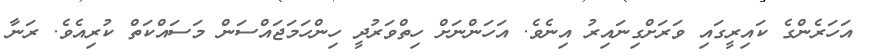
އަހަރެންގެ ކައިރީގައި ވަރަށްގިނައިރު އިނެވެ. އަހަންނަށް ހިތްވަރުދީ ހިންހަމަޖައްސަން މަސައްކަތް ކުރިއެވެ. ރަނާ